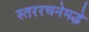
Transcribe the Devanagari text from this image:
स्तररचनेमद्धे